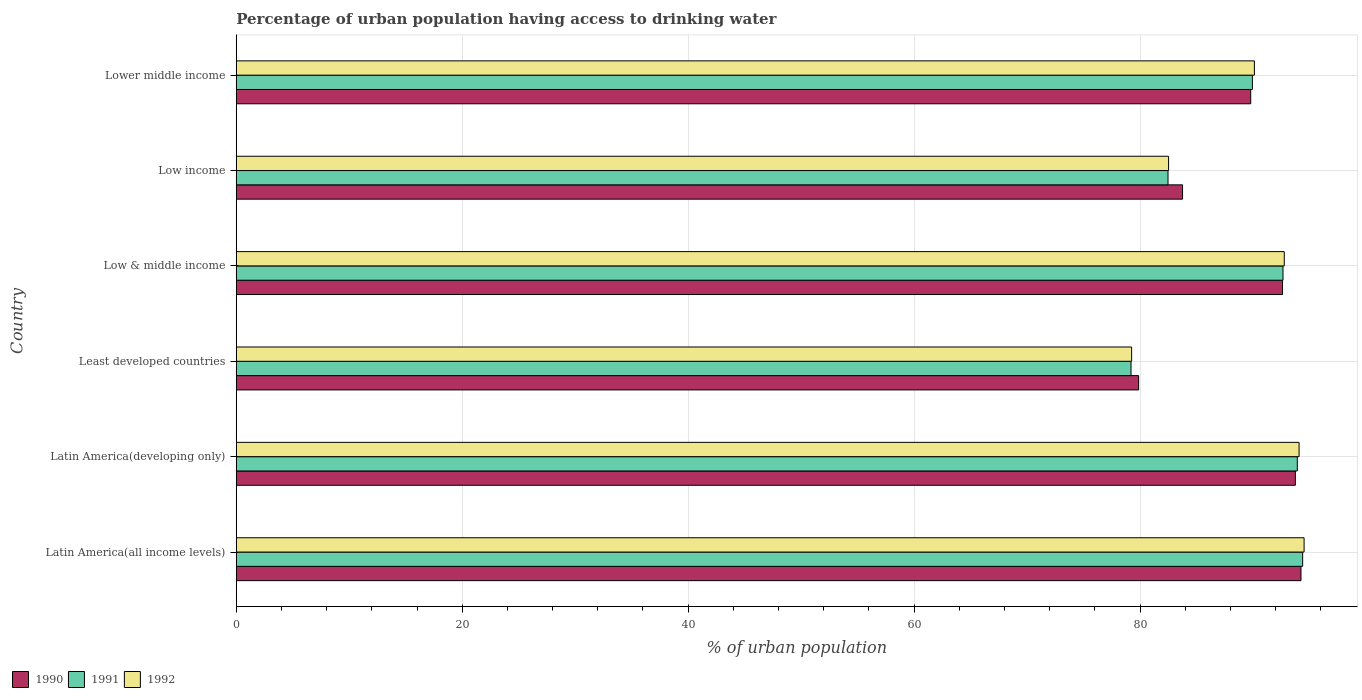
| Country | 1990 | 1991 | 1992 |
 | --- | --- | --- | --- |
 | Latin America(all income levels) | 94.2 | 94.4 | 94.5 |
 | Latin America(developing only) | 93.7 | 93.9 | 94.1 |
 | Least developed countries | 79.9 | 79.2 | 79.3 |
 | Low & middle income | 92.6 | 92.6 | 92.8 |
 | Low income | 83.8 | 82.5 | 82.5 |
 | Lower middle income | 89.8 | 89.9 | 90.1 |